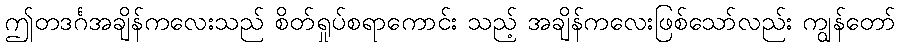
ဤတဒင်္ဂအချိန်ကလေးသည် စိတ်ရှုပ်စရာကောင်း သည့် အချိန်ကလေးဖြစ်သော်လည်း ကျွန်တော်